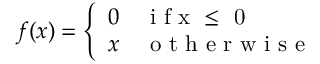
f ( x ) = \left\{ \begin{array} { l l } { 0 } & { \mathrm { ~ i ~ f ~ x ~ \leq ~ 0 ~ } } \\ { x } & { \mathrm { ~ o ~ t ~ h ~ e ~ r ~ w ~ i ~ s ~ e ~ } } \end{array} \right.